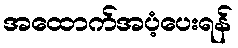
အထောက်အပံ့ပေးရန်